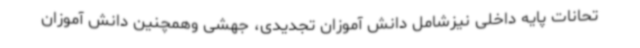
تحانات پایه داخلی نیزشامل دانش آموزان تجدیدی، جهشی وهمچنین دانش آموزان